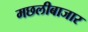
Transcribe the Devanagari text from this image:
मछलीबाजार